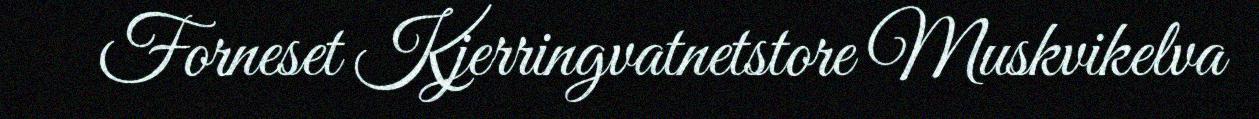
Forneset Kjerringvatnetstore Muskvikelva